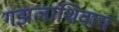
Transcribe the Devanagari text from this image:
गझलांशिवाय